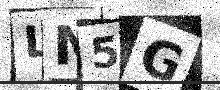
Text: LM5G